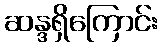
ဆန္ဒရှိကြောင်း